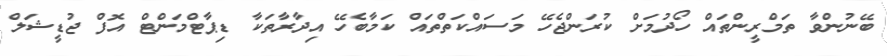
ބޭނުންވާ ތަމްރީންތައް ހޯދުމަށް ކުރަންޖެހޭ މަސައްކަތްތައް ކަމާބެހޭ އިދާރާތަކާ ޑިޕާޓްމަންޓް އޮފް ޖުޑީޝަލް